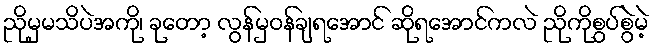
ညိုမှမသိပဲအကို၊ ခုတော့ လွန်မှဝန်ချရအောင် ဆိုရအောင်ကလဲ ညိုကိုစွပ်စွဲမဲ့